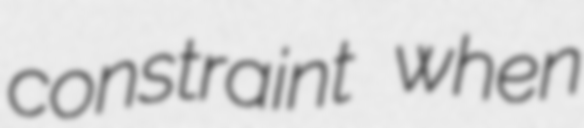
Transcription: constraint when